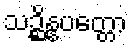
သဉ္ဆိန္နပတ္တော